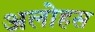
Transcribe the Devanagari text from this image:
अलोहस